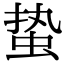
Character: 蛰